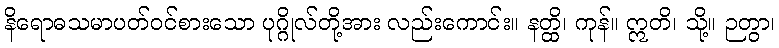
နိရောဓသမာပတ်ဝင်စားသော ပုဂ္ဂိုလ်တို့အား လည်းကောင်း။ နတ္ထိ၊ ကုန်။ ဣတိ၊ သို့။ ဉတွာ၊